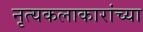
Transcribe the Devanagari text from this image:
नृत्यकलाकारांच्या